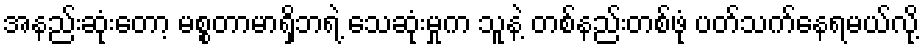
အနည်းဆုံးတော့ မစ္စတာမာရှိဘရဲ့ သေဆုံးမှုက သူနဲ့ တစ်နည်းတစ်ဖုံ ပတ်သက်နေရမယ်လို့